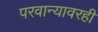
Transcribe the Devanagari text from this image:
परवान्यावरही